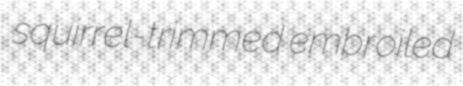
squirrel-trimmed embroiled